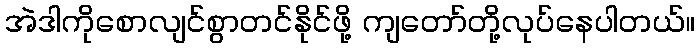
အဲဒါကိုစောလျင်စွာတင်နိုင်ဖို့ ကျတော်တို့လုပ်နေပါတယ်။